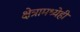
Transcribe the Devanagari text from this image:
क्षेत्रामध्येही